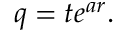
q = t e ^ { a r } .